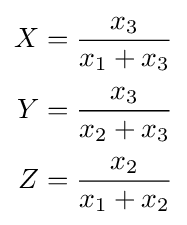
{\begin{aligned}X&={\frac {x_{3}}{x_{1}+x_{3}}}\\[2pt]Y&={\frac {x_{3}}{x_{2}+x_{3}}}\\[2pt]Z&={\frac {x_{2}}{x_{1}+x_{2}}}\end{aligned}}